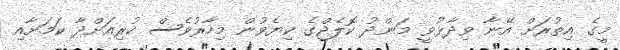
މީގެ އިތުރަށް އޭނާ ވިދާޅުވީ މަންދު ކޮލެޖްގެ ކިޔެވުން މިހާރުވެސް ކުރިއަށްދާ ކަމަށާއި